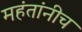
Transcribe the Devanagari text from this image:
महंतांनीच